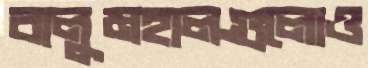
বালুমহালগুলোও